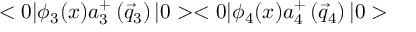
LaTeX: < 0 | { \phi } _ { 3 } ( x ) a _ { 3 } ^ { + } \left( \vec { q } _ { 3 } \right) | 0 > < 0 | { \phi } _ { 4 } ( x ) a _ { 4 } ^ { + } \left( \vec { q } _ { 4 } \right) | 0 >